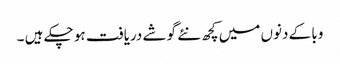
وبا کے دنوں میں کچھ نئے گوشے دریافت ہو چکے ہیں ۔